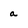
Character: a